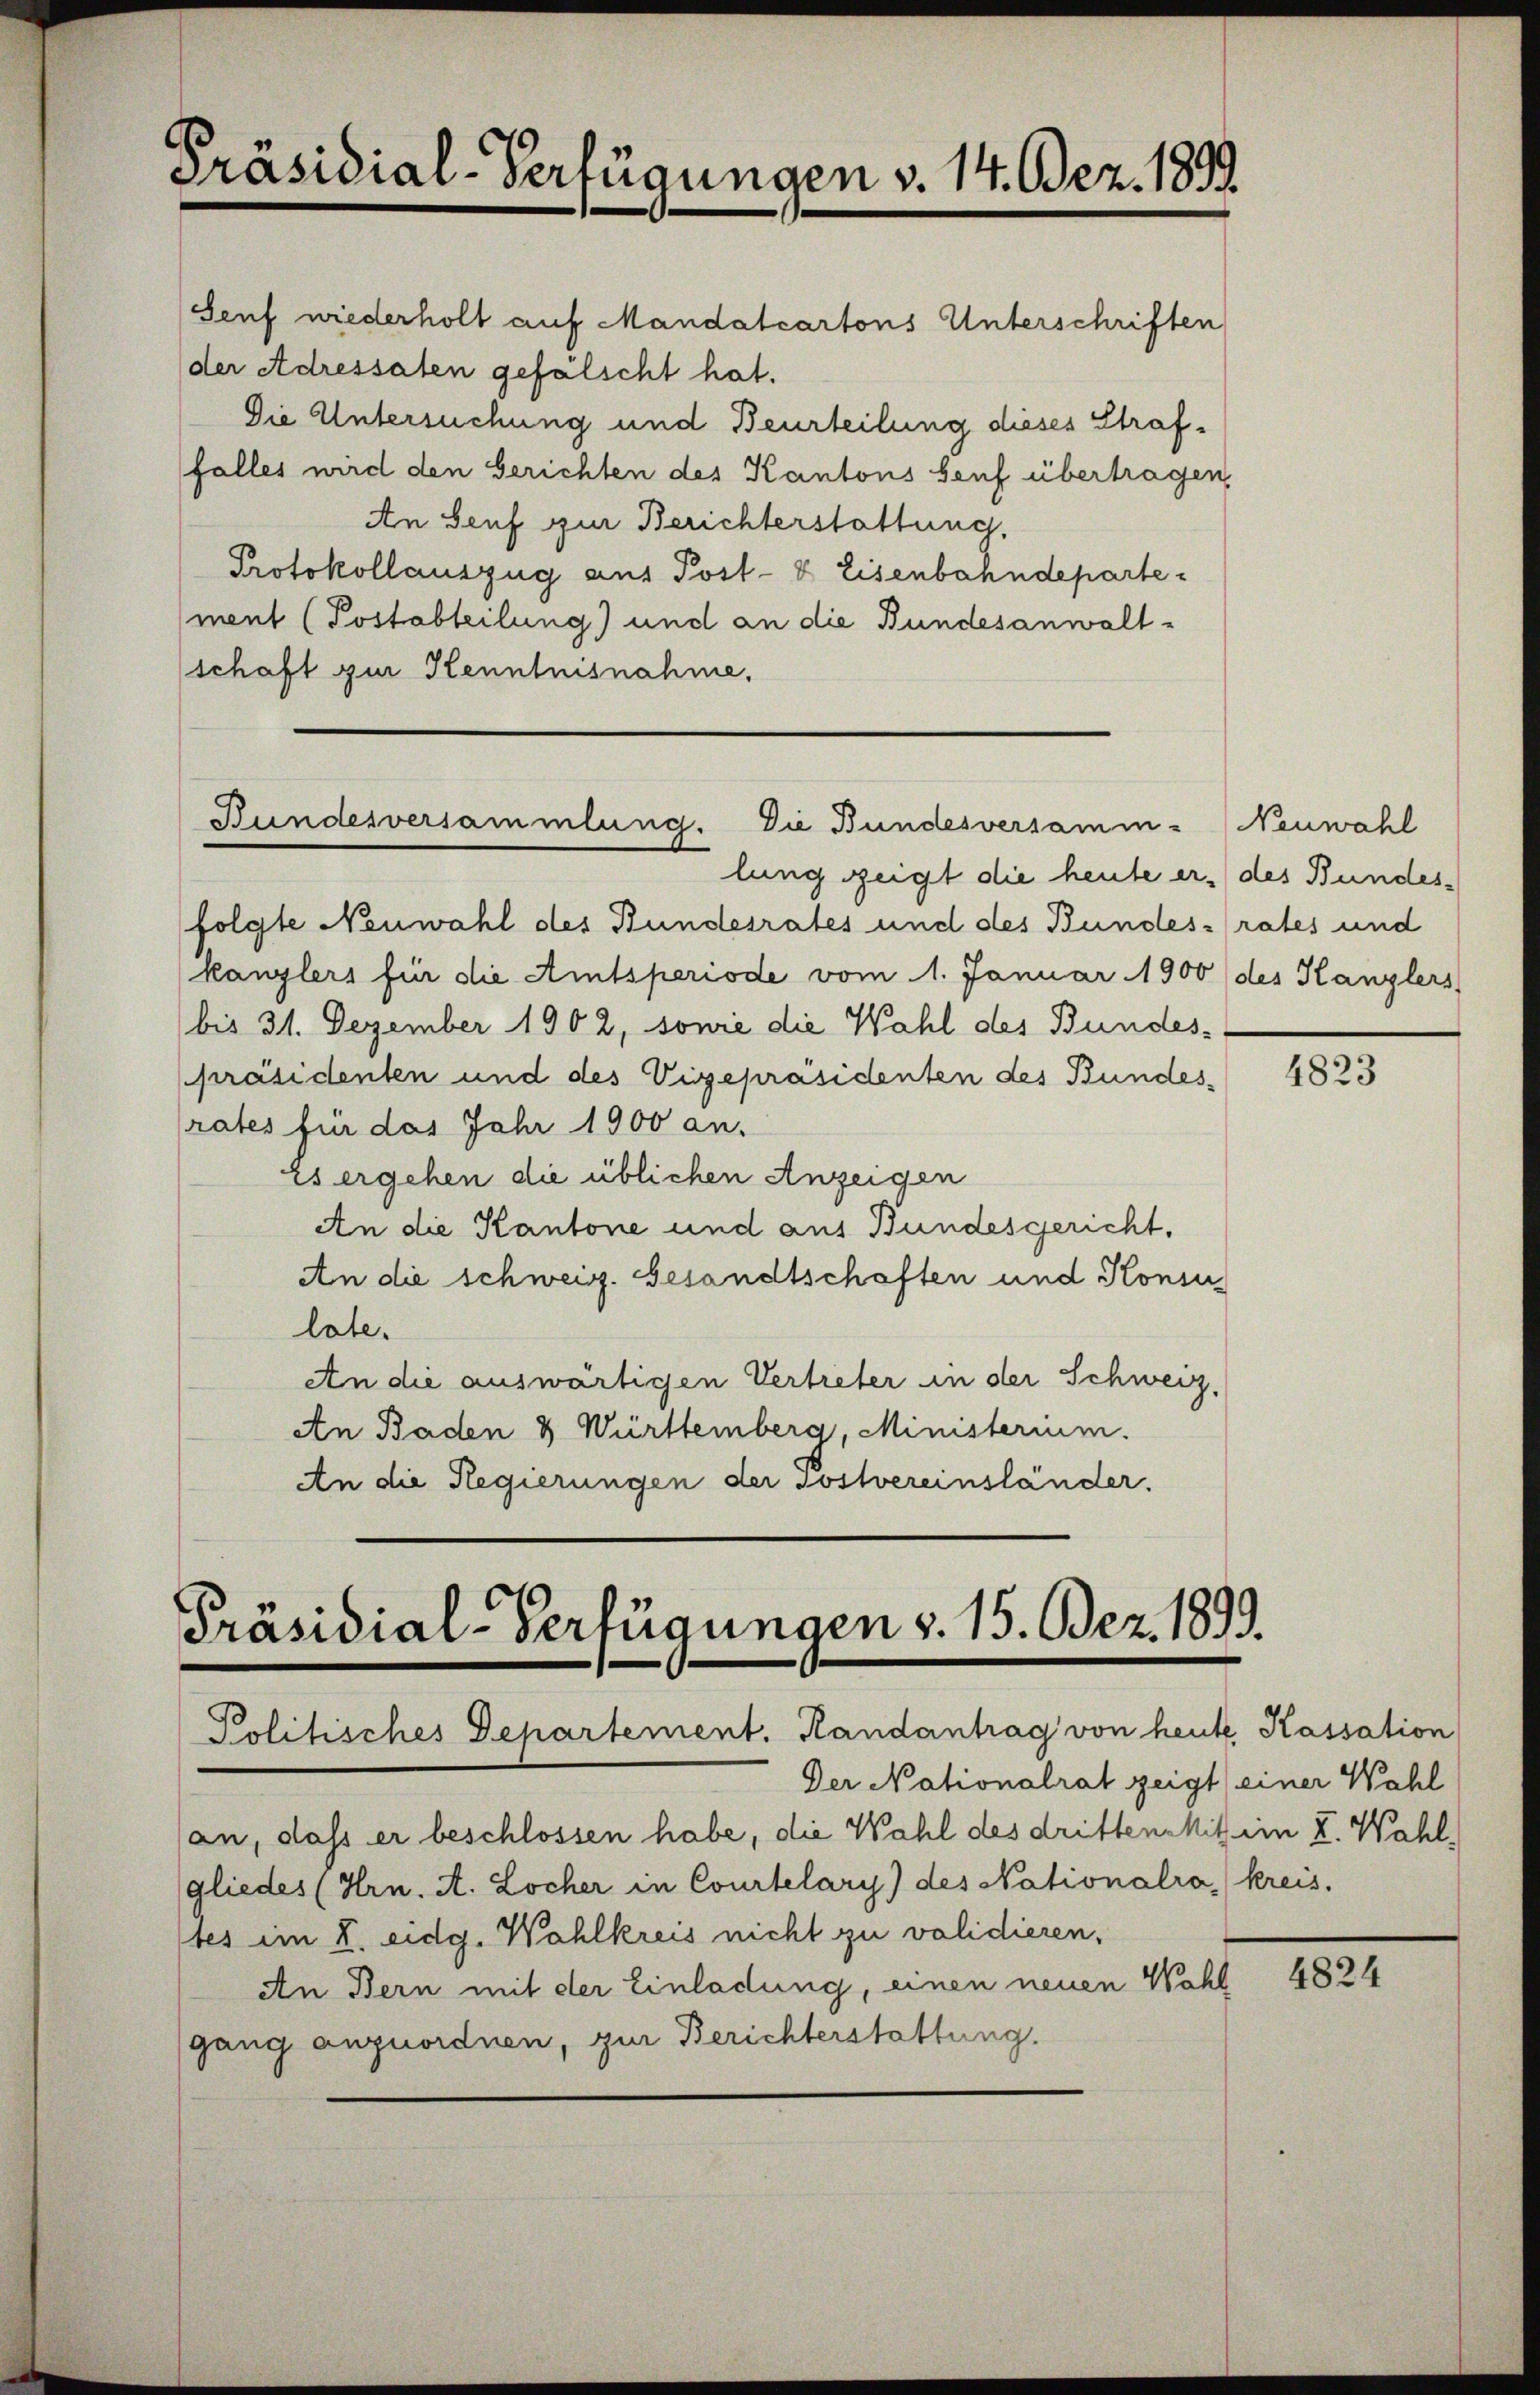
Präsidial-Verfügungen v. 14. Dez. 1899.

Bundesversammlung. Die Bundesversamm- Neuwahl

Präsidial-Verfügungen v. 15. Bez. 1899.
Politisches Departement. Handantrag von heute Kassation

Senf wiederholt auf Mandalcartons Unterschriften
der Adressaten gefälscht hat.
Die Untersuchung und Beurteilung dieses Straffalles wird den Gerichten des Kantons Senf übertragen,
An Senf zur Berichterstattung.
Protokollauszug aus Post- & Eisenbahndeparte¬
(ment (Postabteilung) und an die Bundesanwaltschaft zur Kenntnisnahme,

lung zeigt die heute er, des Bundes-
folgte Neuwahl des Bundesrates und des Bundesrates und
kanzlers für die Amtsperiode vom 1. Januar 1900 (des Hanglers,
bis 31. Dezember 1902, sowie die Wahl des Bundes-
präsidenten und des Vizepräsidenten des Bundesrates für das Jahr 1900 an.
Es ergehen die üblichen Anzeigen
An die Kantone und aus Bundesgericht.
An die schweiz. Gesandtschaften und Konsu
late.
An die auswärtigen Vertreter in der Schweiz.
An Baden & Württemberg, Ministerium.
An die Regierungen der Postvereinständer.

Der Nationalrat zeigt einer Wahl
an, dass er beschlossen habe, die Wahl des dritten Mitein V. Wahl,
gliedes (Hrn. A. Locher in Courtelary) des Nationalra kreis.
tes im V. eidg. Wahlkreis nicht zu validieren,
An Bern mit der Einladung, einen neuen Wahl
gang anzuordnen, zur Berichterstattung.

4823

4824